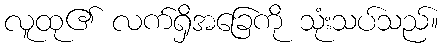
လူထု၏ လက်ရှိအခြေကို သုံးသပ်သည်။